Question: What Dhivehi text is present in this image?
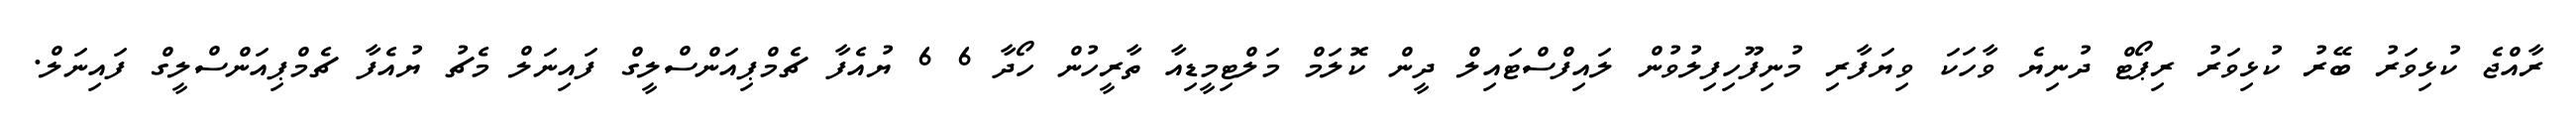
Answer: ރާއްޖެ ކުޅިވަރު ބޭރު ކުޅިވަރު ރިޕޯޓް ދުނިޔެ ވާހަކަ ވިޔަފާރި މުނިފޫހިފިލުވުން ލައިފްސްޓައިލް ދީން ކޮލަމް މަލްޓިމީޑިއާ ތާރީހުން ހޯދާ 6 6 ޔުއެފާ ޗެމްޕިއަންސްލީގް ފައިނަލް މެޗު ޔުއެފާ ޗެމްޕިއަންސްލީގް ފައިނަލް.